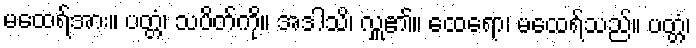
မထေရ်အား။ ပတ္တံ၊ သပိတ်ကို။ အဒါသိ၊ လှူ၏။ ထေရော၊ မထေရ်သည်။ ပတ္တံ၊